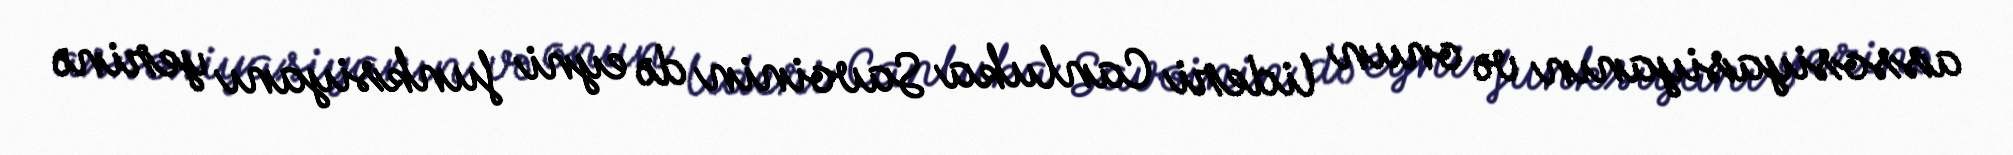
assosiyasiyanın və onun lideri Canluka Savoinin də eyni funksiyanı yerinə